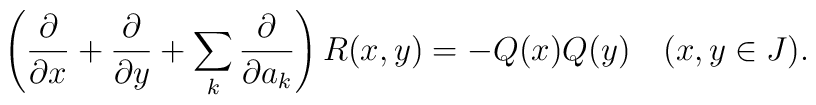
\left( {\partial\over\partial x}+{\partial\over\partial y}+\sum_k {\partial\over\partial a_k}\right) R(x,y) = -Q(x) Q(y)\ \ \ (x,y\in J).